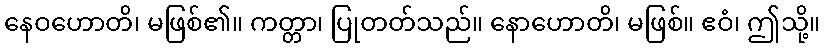
နေဝဟောတိ၊ မဖြစ်၏။ ကတ္တာ၊ ပြုတတ်သည်။ နောဟောတိ၊ မဖြစ်။ ဧဝံ၊ ဤသို့။